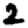
Digit: 2